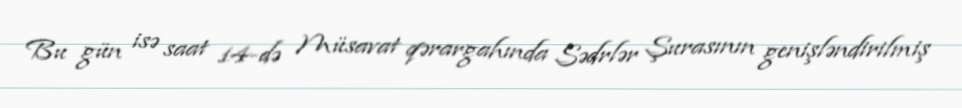
Bu gün isə saat 14-də Müsavat qərargahında Sədrlər Şurasının genişləndirilmiş